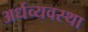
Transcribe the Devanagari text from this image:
अर्धव्यवस्था